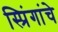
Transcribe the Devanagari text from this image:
स्प्रिंगांचे